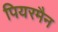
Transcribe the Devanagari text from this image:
पियरमैन